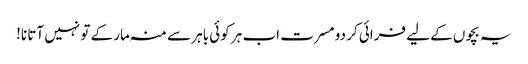
یہ بچوں کے لیے فرائی کر دو مسرت اب ہر کوئی باہر سے منہ مار کے تو نہیں آتا نا!